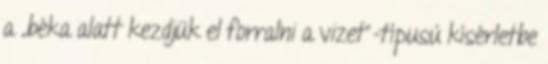
a „béka alatt kezdjük el forralni a vizet”-típusú kísérletbe